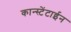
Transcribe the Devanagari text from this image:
कान्स्टेंटाईन